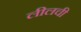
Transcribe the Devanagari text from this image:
लीलची